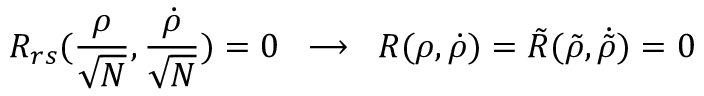
R _ { r s } ( \frac { \rho } { \sqrt N } , \frac { \dot { \rho } } { \sqrt N } ) = 0 \; \; \longrightarrow \; \; R ( \rho , \dot { \rho } ) = \tilde { R } ( \tilde { \rho } , \dot { \tilde { \rho } } ) = 0